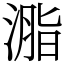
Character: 㴯